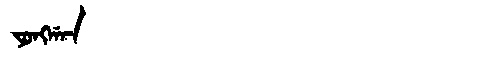
Manchu: ᠶᠣᠩᡤᠠᠨ
Romanization: YONGGAN